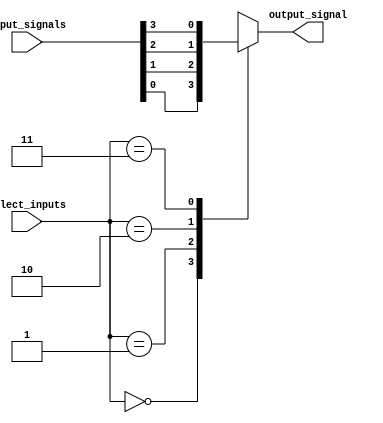
module multiplexer_4to1 (
    input [3:0] input_signals,
    input [1:0] select_inputs,
    output reg output_signal
);

always @* begin
    case(select_inputs)
        2'b00: output_signal = input_signals[0];
        2'b01: output_signal = input_signals[1];
        2'b10: output_signal = input_signals[2];
        2'b11: output_signal = input_signals[3];
    endcase
end

endmodule